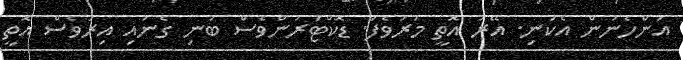
އަންހެނުން އެކަނި. އޭރު އޮތީ މަރުވެފަ. ޑޮކްޓަރުންވެސް ބުނި ގެނައި އިރުވެސް އޮތީ